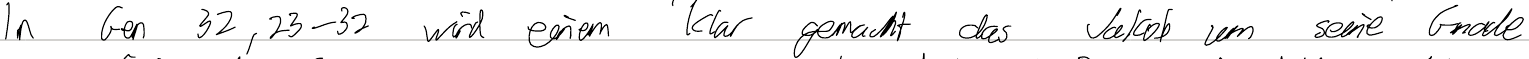
In Gen 32, 23-32 wird einem klar gemacht das Jakob um seine Gnade